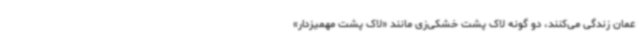
عمان زندگی می‌کنند، دو گونه لاک پشت خشکی‌زی مانند «لاک پشت مهمیزدار»